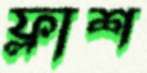
ফ্লাশ